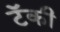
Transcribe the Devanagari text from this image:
टॅकी